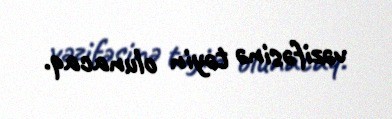
vəzifəsinə təyin olunacaq.